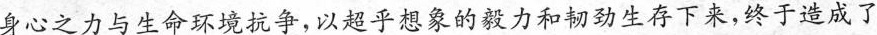
身心之力与生命环境抗争，以超乎想象的毅力和韧劲生存下来，终于造成了